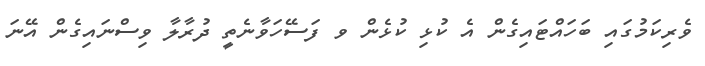
ވެރިކަމުގައި ބަހައްޓައިގެން އެ ކުޅި ކުޅެން ވ ފަސޭހަވާނެތީ ދުރާލާ ވިސްނައިގެން އޭނަ